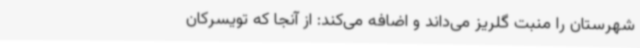
شهرستان را منبت گلریز می‌داند و اضافه می‌کند: از آنجا که تویسرکان